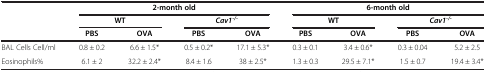
<table><thead><tr><td rowspan="3"><b> </b></td><td colspan="4"><b>2-month old</b></td><td colspan="4"><b>6-month old</b></td></tr><tr><td colspan="2"><b>WT</b></td><td colspan="2"><b><i>Cav1</i><sup><i>-/-</i></sup></b></td><td colspan="2"><b>WT</b></td><td colspan="2"><b><i>Cav1</i><sup><i>-/-</i></sup></b></td></tr><tr><td><b>PBS</b></td><td><b>OVA</b></td><td><b>PBS</b></td><td><b>OVA</b></td><td><b>PBS</b></td><td><b>OVA</b></td><td><b>PBS</b></td><td><b>OVA</b></td></tr></thead><tbody><tr><td>BAL Cells Cell/ml</td><td>0.8 ± 0.2</td><td>6.6 ± 1.5*</td><td>0.5 ± 0.2*</td><td>17.1 ± 5.3*</td><td>0.3 ± 0.1</td><td>3.4 ± 0.6*</td><td>0.3 ± 0.04</td><td>5.2 ± 2.5</td></tr><tr><td>Eosinophils%</td><td>6.1 ± 2</td><td>32.2 ± 2.4*</td><td>8.4 ± 1.6</td><td>38 ± 2.5*</td><td>1.3 ± 0.3</td><td>29.5 ± 7.1*</td><td>1.5 ± 0.7</td><td>19.4 ± 3.4*</td></tr></tbody></table>